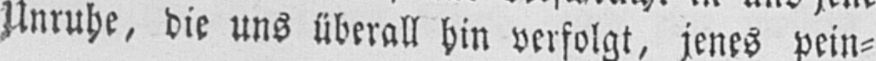
Unruhe, die uns überall hin verfolgt, jenes pein⸗